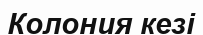
Колония кезі